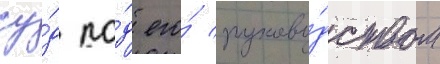
су́д по́д его́ руково́дством